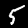
Digit: 5